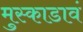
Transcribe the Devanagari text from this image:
मुस्काडावं